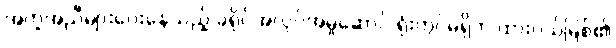
အကူအညီများပေးနေသည့် ခရိုင်အလုပ်အမှုဆောင် ရုံးတွင်မရှိဘဲ ထားဝယ်မြစ်၏